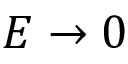
E \rightarrow 0